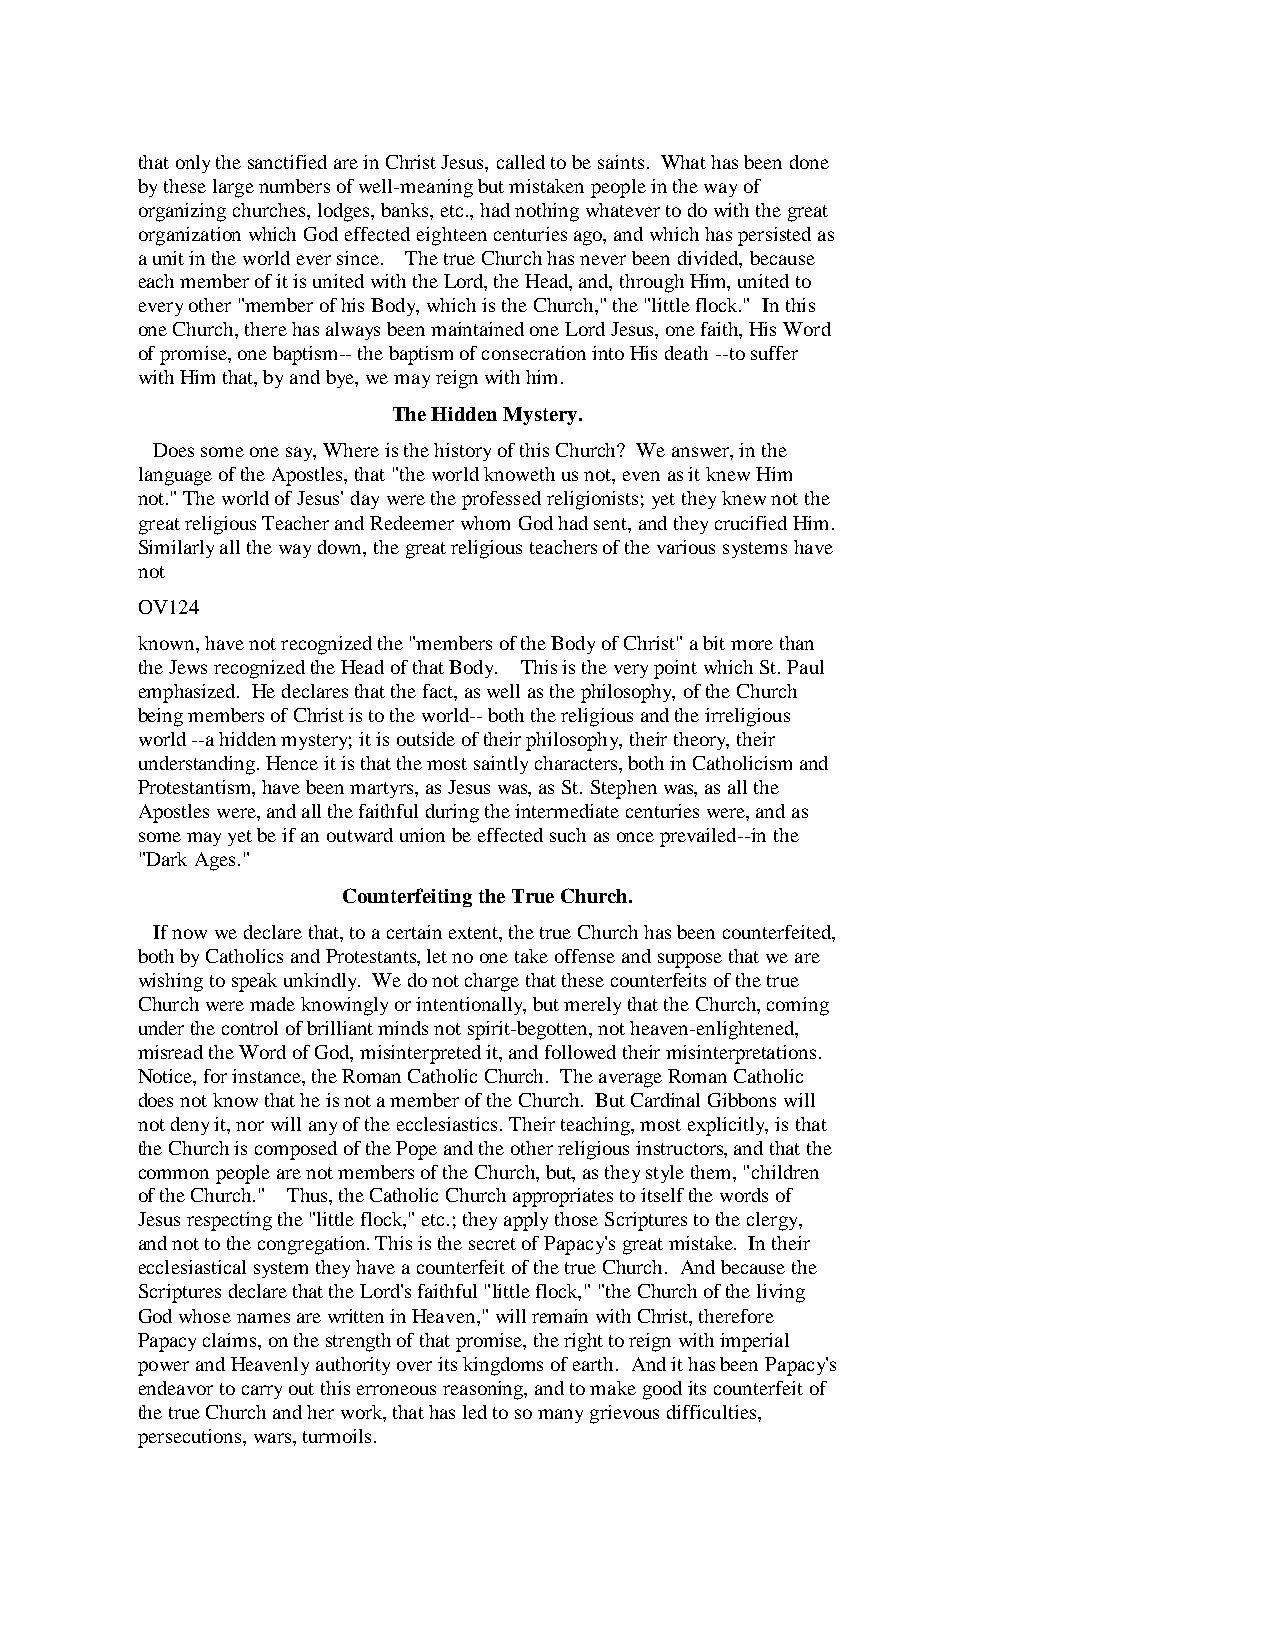
that only the sanctified are in Christ Jesus, called to be saints. What has been done
 by these large numbers of well-meaning but mistaken people in the way of
 organizing churches, lodges, banks, etc., had nothing whatever to do with the great
 organization which God effected eighteen centuries ago, and which has persisted as
 a unit in the world ever since. The true Church has never been divided, because
 each member of it is united with the Lord, the Head, and, through Him, united to
 every other "member of his Body, which is the Church," the "little flock." In this
 one Church, there has always been maintained one Lord Jesus, one faith, His Word
 of promise, one baptism-- the baptism of consecration into His death --to suffer
 with Him that, by and bye, we may reign with him.
 The Hidden Mystery.
 Does some one say, Where is the history of this Church? We answer, in the
 language of the Apostles, that "the world knoweth us not, even as it knew Him
 not." The world of Jesus' day were the professed religionists; yet they knew not the
 great religious Teacher and Redeemer whom God had sent, and they crucified Him.
 Similarly all the way down, the great religious teachers of the various systems have
 not
 OV124
 known, have not recognized the "members of the Body of Christ" a bit more than
 the Jews recognized the Head of that Body. This is the very point which St. Paul
 emphasized. He declares that the fact, as well as the philosophy, of the Church
 being members of Christ is to the world-- both the religious and the irreligious
 world --a hidden mystery; it is outside of their philosophy, their theory, their
 understanding. Hence it is that the most saintly characters, both in Catholicism and
 Protestantism, have been martyrs, as Jesus was, as St. Stephen was, as all the
 Apostles were, and all the faithful during the intermediate centuries were, and as
 some may yet be if an outward union be effected such as once prevailed--in the
 "Dark Ages."
 Counterfeiting the True Church.
 If now we declare that, to a certain extent, the true Church has been counterfeited,
 both by Catholics and Protestants, let no one take offense and suppose that we are
 wishing to speak unkindly. We do not charge that these counterfeits of the true
 Church were made knowingly or intentionally, but merely that the Church, coming
 under the control of brilliant minds not spirit-begotten, not heaven-enlightened,
 misread the Word of God, misinterpreted it, and followed their misinterpretations.
 Notice, for instance, the Roman Catholic Church. The average Roman Catholic
 does not know that he is not a member of the Church. But Cardinal Gibbons will
 not deny it, nor will any of the ecclesiastics. Their teaching, most explicitly, is that
 the Church is composed of the Pope and the other religious instructors, and that the
 common people are not members of the Church, but, as they style them, "children
 of the Church." Thus, the Catholic Church appropriates to itself the words of
 Jesus respecting the "little flock," etc.; they apply those Scriptures to the clergy,
 and not to the congregation. This is the secret of Papacy's great mistake. In their
 ecclesiastical system they have a counterfeit of the true Church. And because the
 Scriptures declare that the Lord's faithful "little flock," "the Church of the living
 God whose names are written in Heaven," will remain with Christ, therefore
 Papacy claims, on the strength of that promise, the right to reign with imperial
 power and Heavenly authority over its kingdoms of earth. And it has been Papacy's
 endeavor to carry out this erroneous reasoning, and to make good its counterfeit of
 the true Church and her work, that has led to so many grievous difficulties,
 persecutions, wars, turmoils.